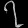
Digit: ၇